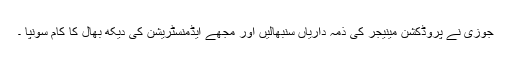
جوزی نے پروڈکشن مینیجر کی ذمہ داریاں سنبھالیں اور مجھے ایڈمنسٹریشن کی دیکھ بھال کا کام سونپا ۔